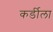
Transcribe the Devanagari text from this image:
कर्डीला